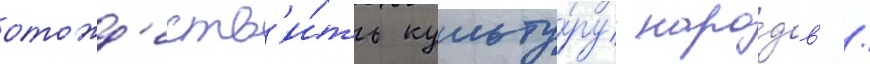
отожд'еств'и́ть культу́ру наро́дов /